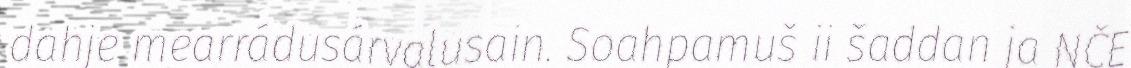
dahje mearrádusárvalusain. Soahpamuš ii šaddan ja NČE